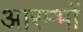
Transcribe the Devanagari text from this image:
आरम्भों